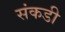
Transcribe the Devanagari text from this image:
संकडी